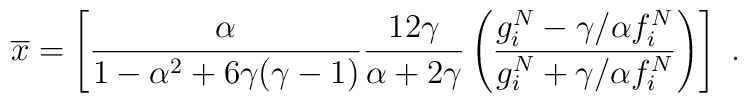
\overline{x}=\left[\frac\alpha{1-\alpha^2+6\gamma (\gamma-1)}\frac{12\gamma}{\alpha+2\gamma}\left(\frac{g^N_i-\gamma/\alpha f^N_i}{g^N_i+\gamma/\alpha f^N_i}\right)\right] \ .